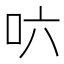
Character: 𠯿